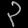
Digit: ၃